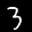
Label: 3